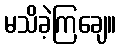
မသိခဲ့ကြချေ။